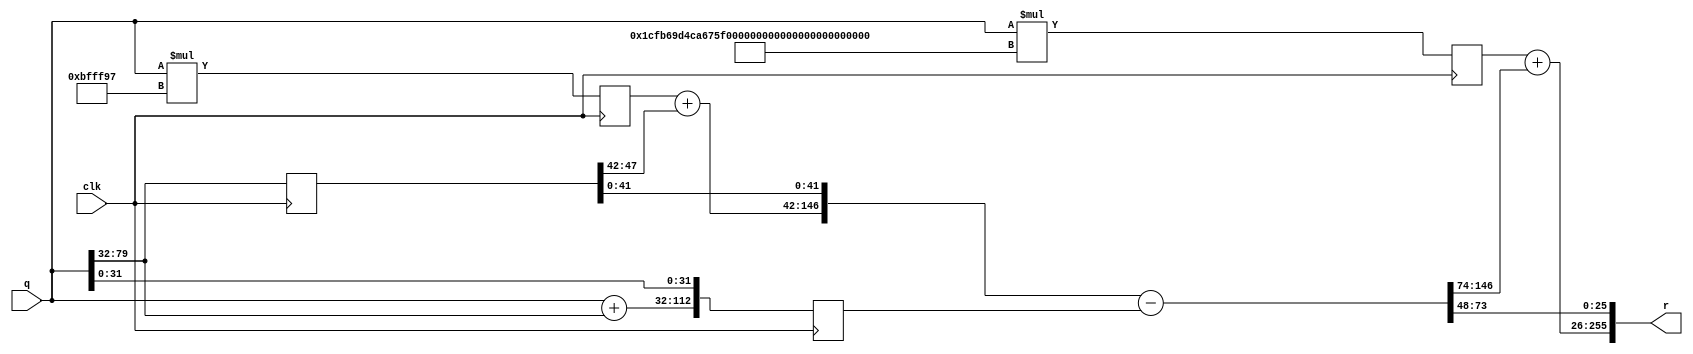
//`timescale 1ns / 1ps
//////////////////////////////////////////////////////////////////////////////////
// Company: 
// Engineer: 
// 
// Design Name: 
// Module Name: xm_80
// Project Name: 
// Target Devices: 
// Tool Versions: 
// Description: 
// 
// Dependencies: 
// 
// Revision:
// Revision 0.01 - File Created
// Additional Comments:
// 
//////////////////////////////////////////////////////////////////////////////////


//module xm_80( //pip3
//    input           clk,
//    input   [ 79:0] q,
//    output  reg [255:0] r
//    );
//    localparam c0 =  24'h bfff97;
//    localparam c1 = 149'h 1cfb69d4ca675f520cce76020268760154ef69;
//    
//    reg  [103:0] qxc0;
//    wire [228:0] qxc1_w;
//    reg  [228:0] qxc1, qxc1_pip1;
//    reg  [112:0] qq;
//    reg  [ 47:0] q_reg;
//    wire [ 80:0] q_add_q;
//    reg  [146:0] sub_result;
//    wire [229:0] add_result;
//    wire [104:0] qxc0_add;
//    reg  [255:0] r_pip1,r_pip2;
//    
//    assign q_add_q = q + q[32+:48];
//    
////    mult_149x80 xm_80_mult_U0 (.clk(clk), .a(c1), .b(q), .p(qxc1_w));
//    
//    always @ (posedge clk) begin
//        qxc0 <= q*c0;
//        qxc1 <= q*c1;
//        qxc1_pip1 <= qxc1;
//        qq   <= {q_add_q,q[31:0]};
//        sub_result <= {qxc0_add,q_reg[0+:42]} - qq;
//        q_reg<= q[79:32]; 
//        r <= {add_result,sub_result[48+:26]};
//    end
//    
//    assign qxc0_add = qxc0 + q_reg[47-:6];
//    assign add_result = qxc1_pip1 + sub_result[146-:73];
//    
//endmodule

module xm_80( //pip1
    input           clk,
    input   [ 79:0] q,
    output  [255:0] r
    );
    localparam c0 =  24'h bfff97;
    localparam c1 = 149'h 1cfb69d4ca675f520cce76020268760154ef69;
    
    reg  [103:0] qxc0;
    wire [228:0] qxc1_w;
    reg  [228:0] qxc1, qxc1_pip1;
    reg  [112:0] qq;
    reg  [ 47:0] q_reg;
    wire [ 80:0] q_add_q;
    wire [146:0] sub_result;
    wire [229:0] add_result;
    wire [104:0] qxc0_add;
    reg  [255:0] r_pip1,r_pip2;
    
    assign q_add_q = q + q[32+:48];
    
//    mult_149x80 xm_80_mult_U0 (.clk(clk), .a(c1), .b(q), .p(qxc1_w));
    
    always @ (posedge clk) begin
        qxc0 <= q*c0;
        qxc1 <= q*c1;
        qxc1_pip1 <= qxc1;
        qq   <= {q_add_q,q[31:0]};
        q_reg<= q[79:32];
    end
    
    assign sub_result = {qxc0_add,q_reg[0+:42]} - qq;
    assign qxc0_add = qxc0 + q_reg[47-:6];
    assign add_result = qxc1 + sub_result[146-:73];
    assign r = {add_result,sub_result[48+:26]};
    
endmodule